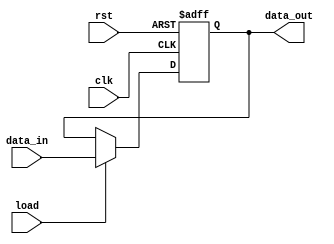
module register (
    input wire clk,
    input wire rst,
    input wire load,
    input wire [7:0] data_in,
    output reg [7:0] data_out
);

reg [7:0] reg_data;

always @ (posedge clk or posedge rst) begin
    if (rst) begin
        reg_data <= 8'h00; // initialize register data to 0
    end else begin
        if (load) begin
            reg_data <= data_in; // load data from input signal
        end
    end
end

assign data_out = reg_data;

endmodule